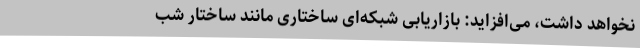
نخواهد داشت، می‌افزاید: بازاریابی شبکه‌ای ساختاری مانند ساختار شب